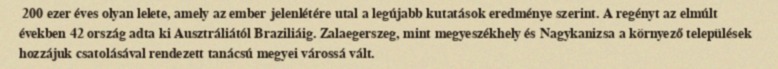
200 ezer éves olyan lelete, amely az ember jelenlétére utal a legújabb kutatások eredménye szerint. A regényt az elmúlt években 42 ország adta ki Ausztráliától Braziliáig. Zalaegerszeg, mint megyeszékhely és Nagykanizsa a környező települések hozzájuk csatolásával rendezett tanácsú megyei várossá vált.